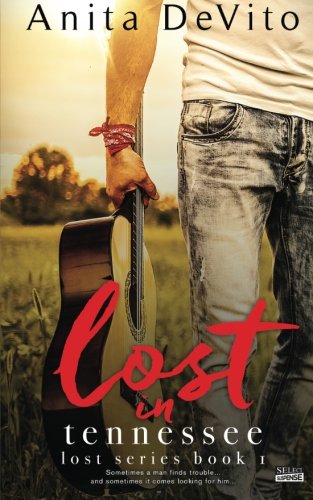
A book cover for Lost In Tennessee; Anita DeVito; Romance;